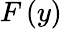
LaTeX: F\left(y\right)